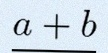
\frac{a+b}{c+d}